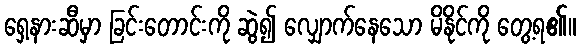
ရှေ့နားဆီမှာ ခြင်းတောင်းကို ဆွဲ၍ လျှောက်နေသော မိနိုင်ကို တွေ့ရ၏။